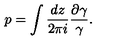
p = \int { \frac { d z } { 2 \pi i } } { \frac { \partial \gamma } { \gamma } } .